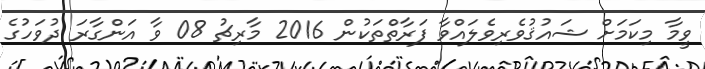
ވީމާ މިކަމަށް ޝައުޤުވެރިވެލައްވާ ފަރާތްތަކުން 2016 މާރިޗު 08 ވާ އަންގާރަ ދުވަހުގެ